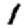
Digit: 1